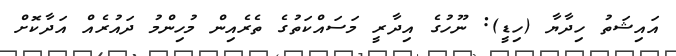
އައިޝަތު ހިދާޔާ (ހިޑީ): ނޫހުގެ އިދާރީ މަސައްކަތުގެ ތެރެއިން މުހިންމު ދައުރެއް އަދާކޮށް